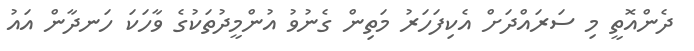
ދެންއޮތީ މި ސަރައްދަށް އެކިފަހަރު މަތިން ގެނުވު އުންމީދުތަކުގެ ވާހަކަ ހަނދާން އައު